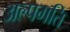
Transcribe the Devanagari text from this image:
अल्पगति